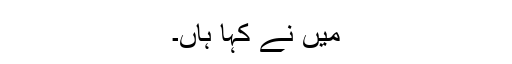
میں نے کہا ہاں۔